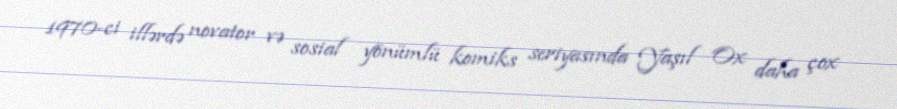
1970-ci illərdə novator və sosial yönümlü komiks seriyasında Yaşıl Ox daha çox